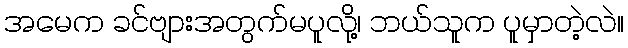
အမေက ခင်ဗျားအတွက်မပူလို့၊ ဘယ်သူက ပူမှာတဲ့လဲ။